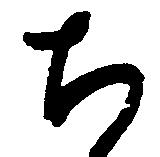
ち